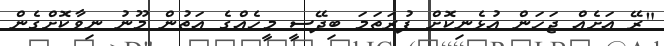
"ރޭ އަށެއް ޖަހަން އުޅެނިކޮށް ފުރަތަމަ ބިދޭސީ މީހެއްގެ އަތުން މޫނު ނިވާކޮށްގެން